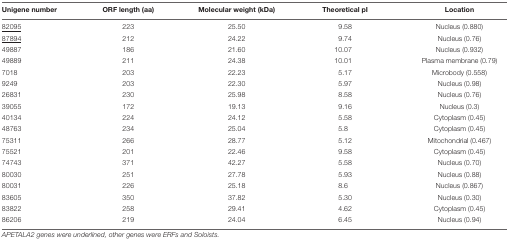
| Unigene number | ORF length (aa) | Molecular weight (kDa) | Theoretical pI | Location |
 | --- | --- | --- | --- | --- |
 | <underline>82095</underline> | 223 | 25.50 | 9.58 | Nucleus (0.880) |
 | <underline>87894</underline> | 212 | 24.22 | 9.74 | Nucleus (0.76) |
 | 49887 | 186 | 21.60 | 10.07 | Nucleus (0.932) |
 | 49889 | 211 | 24.38 | 10.01 | Plasma membrane (0.79) |
 | 7018 | 203 | 22.23 | 5.17 | Microbody (0.558) |
 | 9249 | 203 | 22.30 | 5.97 | Nucleus (0.98) |
 | 26831 | 230 | 25.98 | 8.58 | Nucleus (0.76) |
 | 39055 | 172 | 19.13 | 9.16 | Nucleus (0.3) |
 | 40134 | 224 | 24.12 | 5.58 | Cytoplasm (0.45) |
 | 48763 | 234 | 25.04 | 5.8 | Cytoplasm (0.45) |
 | 75311 | 266 | 28.77 | 5.12 | Mitochondrial (0.467) |
 | 75521 | 201 | 22.46 | 9.58 | Cytoplasm (0.45) |
 | 74743 | 371 | 42.27 | 5.58 | Nucleus (0.70) |
 | 80030 | 251 | 27.78 | 5.93 | Nucleus (0.88) |
 | 80031 | 226 | 25.18 | 8.6 | Nucleus (0.867) |
 | 83605 | 350 | 37.82 | 5.30 | Nucleus (0.30) |
 | 83822 | 258 | 29.41 | 4.62 | Cytoplasm (0.45) |
 | 86206 | 219 | 24.04 | 6.45 | Nucleus (0.94) |